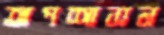
অপশাসন